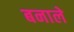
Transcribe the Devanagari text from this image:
बनाले